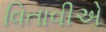
વિતાવીએ